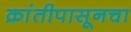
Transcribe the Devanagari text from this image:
क्रांतीपासूनचा